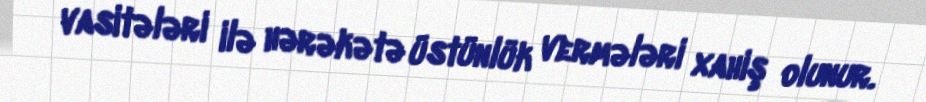
vasitələri ilə hərəkətə üstünlük vermələri xahiş olunur.